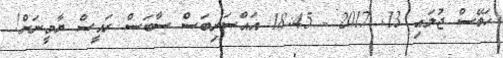
ހަބޭސް ޖުލައި 13